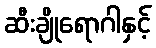
ဆီးချိုရောဂါနှင့်